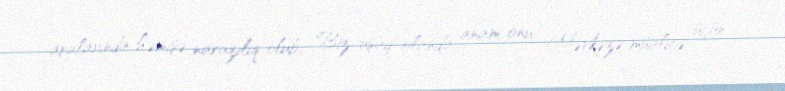
aralarında həmişə narazılıq olub: "Biz uşaq olanda anam onu Mərkəzə müalicə üçün